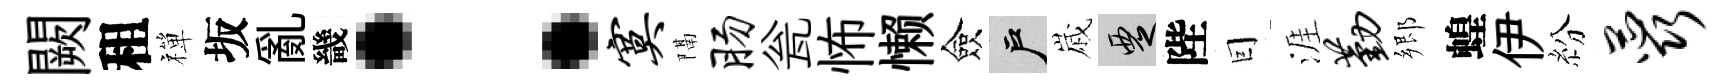
闕租禪坂亂畿：寞隔肠瓮怖懒僉户𡻕覂陛囙涯勤郷蝗伊紛蕊